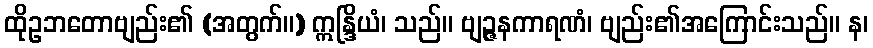
ထိုဥဘတောဗျည်း၏ (အတွက်။) ဣန္ဒြိယံ၊ သည်။ ဗျဉ္ဇနကာရဏံ၊ ဗျည်း၏အကြောင်းသည်။ န၊